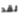
لقد